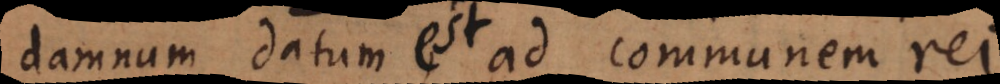
damnum datum a d communem rei